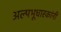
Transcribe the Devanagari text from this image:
अल्पभूधारकांनी